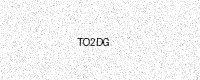
Text: TO2DG